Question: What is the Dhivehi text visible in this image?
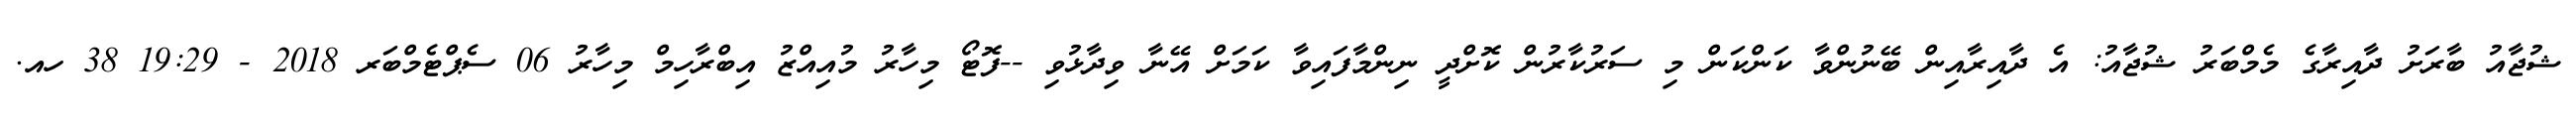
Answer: ޝުޖާއު ބާރަށު ދާއިރާގެ މެމްބަރު ޝުޖާއު: އެ ދާއިރާއިން ބޭނުންވާ ކަންކަން މި ސަރުކާރުން ކޮށްދީ ނިންމާފައިވާ ކަމަށް އޭނާ ވިދާޅުވި --ފޮޓޯ މިހާރު މުއިއްޒު އިބްރާހިމް މިހާރު 06 ސެޕްޓެމްބަރ 2018 - 19:29 38 ހއ.